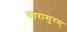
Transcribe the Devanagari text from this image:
दारासुरम्